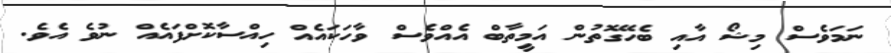
ނަމަވެސް މިޝޯ އާއި ބެހޭގޮތުން އަމީތާބް އެއްވެސް ވާހަކައެއް ހިއްސާކޮށްފައެއް ނުވެ އެވެ.